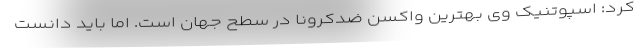
کرد: اسپوتنیک وی بهترین واکسن ضدکرونا در سطح جهان است. اما باید دانست